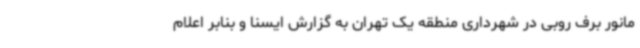
مانور برف روبی در شهرداری منطقه یک تهران به گزارش ایسنا و بنابر اعلام